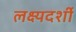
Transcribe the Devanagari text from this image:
लक्ष्यदर्शी